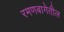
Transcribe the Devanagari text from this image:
रमणबागेतील